King Institute of Preventive Medicine Bacteriolog. Section reports 1907-08
Year: 1907
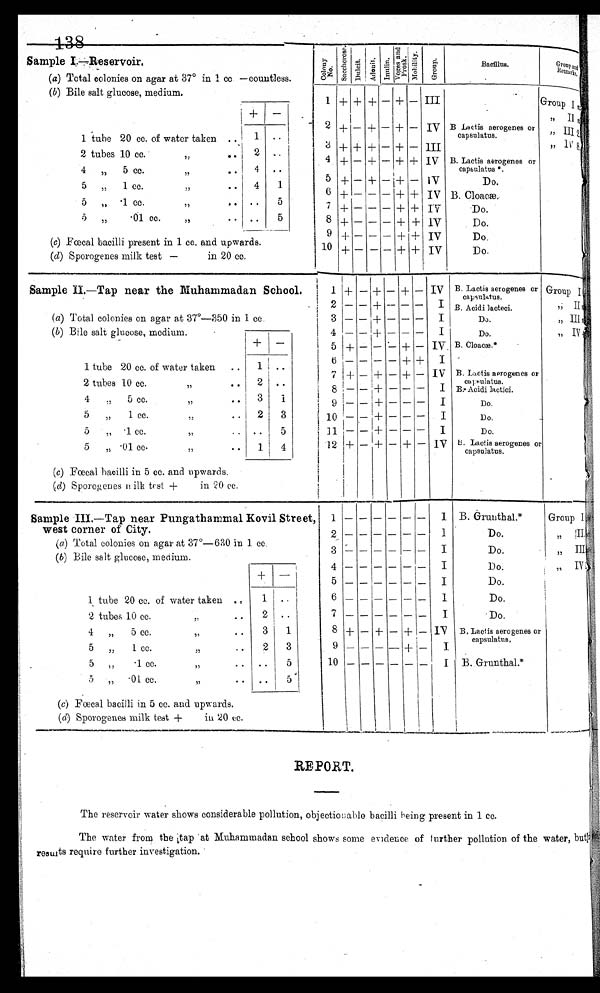
138
Sample I—Reservoir.
Col ony .
Sacchar ose.
D u l c i t . A d o n i t .
I n u l i n .
V e g e s o r P r o s k .
Mo b i l i t y .
G r o u p .
Bacillus.
G r o u p a n d R e m a r k s .
(a) Total colonies on agar at 37° in 1 cc—countless.
(b) Bile salt glucose, medium.
1 + + + - + - III
Group
I
< i l l e g i b l e / >
+ -
2 + - + -
+ - IV B Lactis aerogenes or
capsulatus.
G r o u p I I
< i l l e g i b l e / >
1 tube 20 cc. of water taken
1
3 + + + - + - III
G r o u p
I I I 2 < i l l e g i b l e / >
2 tubes 10 cc. of water taken
2
4 + - + - + + IV B. Lactis aerogenes or
capsulatus *.
G r o u p I V 8 .
< i l l e g i b l e / >
4 tubes·5 cc. of water taken
4
5 + - + - + - I V
Do.
5 tubes·1 cc. of water taken
4
1
6 + - - - + + IV B. Cloacæ.
5 tubes·1 cc. of water taken
5
7 + - - — + + IV
Do.
5 tubes·01 cc.
of water taken
5
8 + - - - + + IV
Do.
9 + - - - + + I V
Do.
(c) Fæcal bacilli present in 1 cc. and upwards.
1 0
+ - - - + + IV
Do.
(d) Sporogenes milk test —
in 20 cc.
Sample II. —Tap near the Muhammadan School.
1 + - + - + - I V
B. Lactis aerogenes or
capsulatus.
Group I
2 - - + - - -
I B. Acidi lacteci.
Group II,
(a) Total colonies on agar at 37°—350 in 1 cc.
3 - - -+ - - -
I
Do.
G r o u p I I I , < i l l e g i b l e / >
(b) Bile salt glucose, medium.
+
4 - - + - - -
I
Do.
G r o u p
I V < i l l e g i b l e / >
5 + - -- - + — I V B. Cloacæ.*
1 tube 20 cc. of water taken
1
6 - - - - + +
I
7 + - +
- + - IV B. Lactis aerogenes or
capsulatus.
2 tubes 10 cc. of water taken
2
8 - - + - -
-
I B. Acidi lactici.
4 tubes 5 cc. of water taken
3
1
9 - - + - - - + I
Do.
5 tubes 1 cc. of water taken
2
3
10 - - + - - -
I
Do.
5 tubes 1 cc. of water taken
5
11 - - + - -
-
I
Do.
12 + - + - + - IV
B. Lactis Sporogenes or
capsulated.
5 tubes ·01
cc.
of water taken
1
4
(c) Fæcal bacilli in 5 cc. and upwards.
(d) Sporogenes milk test + in 20 cc .
Sample III.—Tap near Pungathammal Kovil Street,
west corner of City.
1 - - - - - -
I B. Grunthal.*
Group I
2 - - - - - -
I
Do.
, , I I .
(a) Total colonies on agar at 37°—630 in 1cc.
3
- - - - - -
I
Do.
„ III
(b) Bile salt glucose, medium.
4
- - - - - -
I
Do.
,,
I V
+
5 - - - - - -
I
Do.
1 tube 20 cc. of water taken
1
6
- - - - -
I
Do.
7
- - - - - -
I
Do.
2 tubes 10 cc. of water taken
2
8 + - +
- +
- I V
B. Lactis aerogenes or
capsuatus,
4 tubes 5 cc. of water taken
3
5 tubes 1 cc. of water taken
2
9 - - - - +
- I
5 tubes ·1 cc.
of water taken
10
-
- - - -
-
I B. Grunthal.*
5
tubes
·01 cc.
of water taken
(c)
Fæcal bacilli in 5 cc. and upwards.
(d) Sporogenes milk test + in 20 c c.
REPORT.
The reservoir water shows considerable pollution, objectionable bacilli being present in 1 cc.
The water from the tap at Muhammadan school shows some evidence of further pollution of the water, but
results require further investigation.